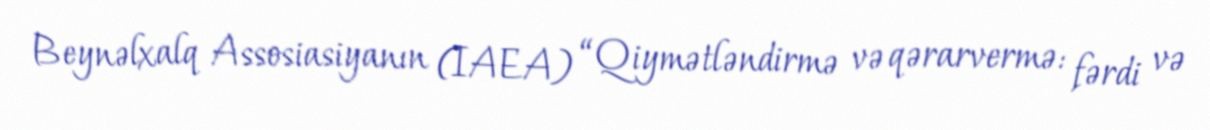
Beynəlxalq Assosiasiyanın (IAEA) “Qiymətləndirmə və qərarvermə: fərdi və